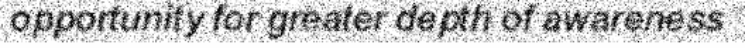
opportunity for greater depth of awareness